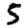
Digit: 5